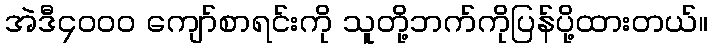
အဲဒီ၄၀၀၀ ကျော်စာရင်းကို သူတို့ဘက်ကိုပြန်ပို့ထားတယ်။